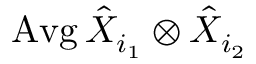
\operatorname { A v g } \hat { X } _ { i _ { 1 } } \otimes \hat { X } _ { i _ { 2 } }